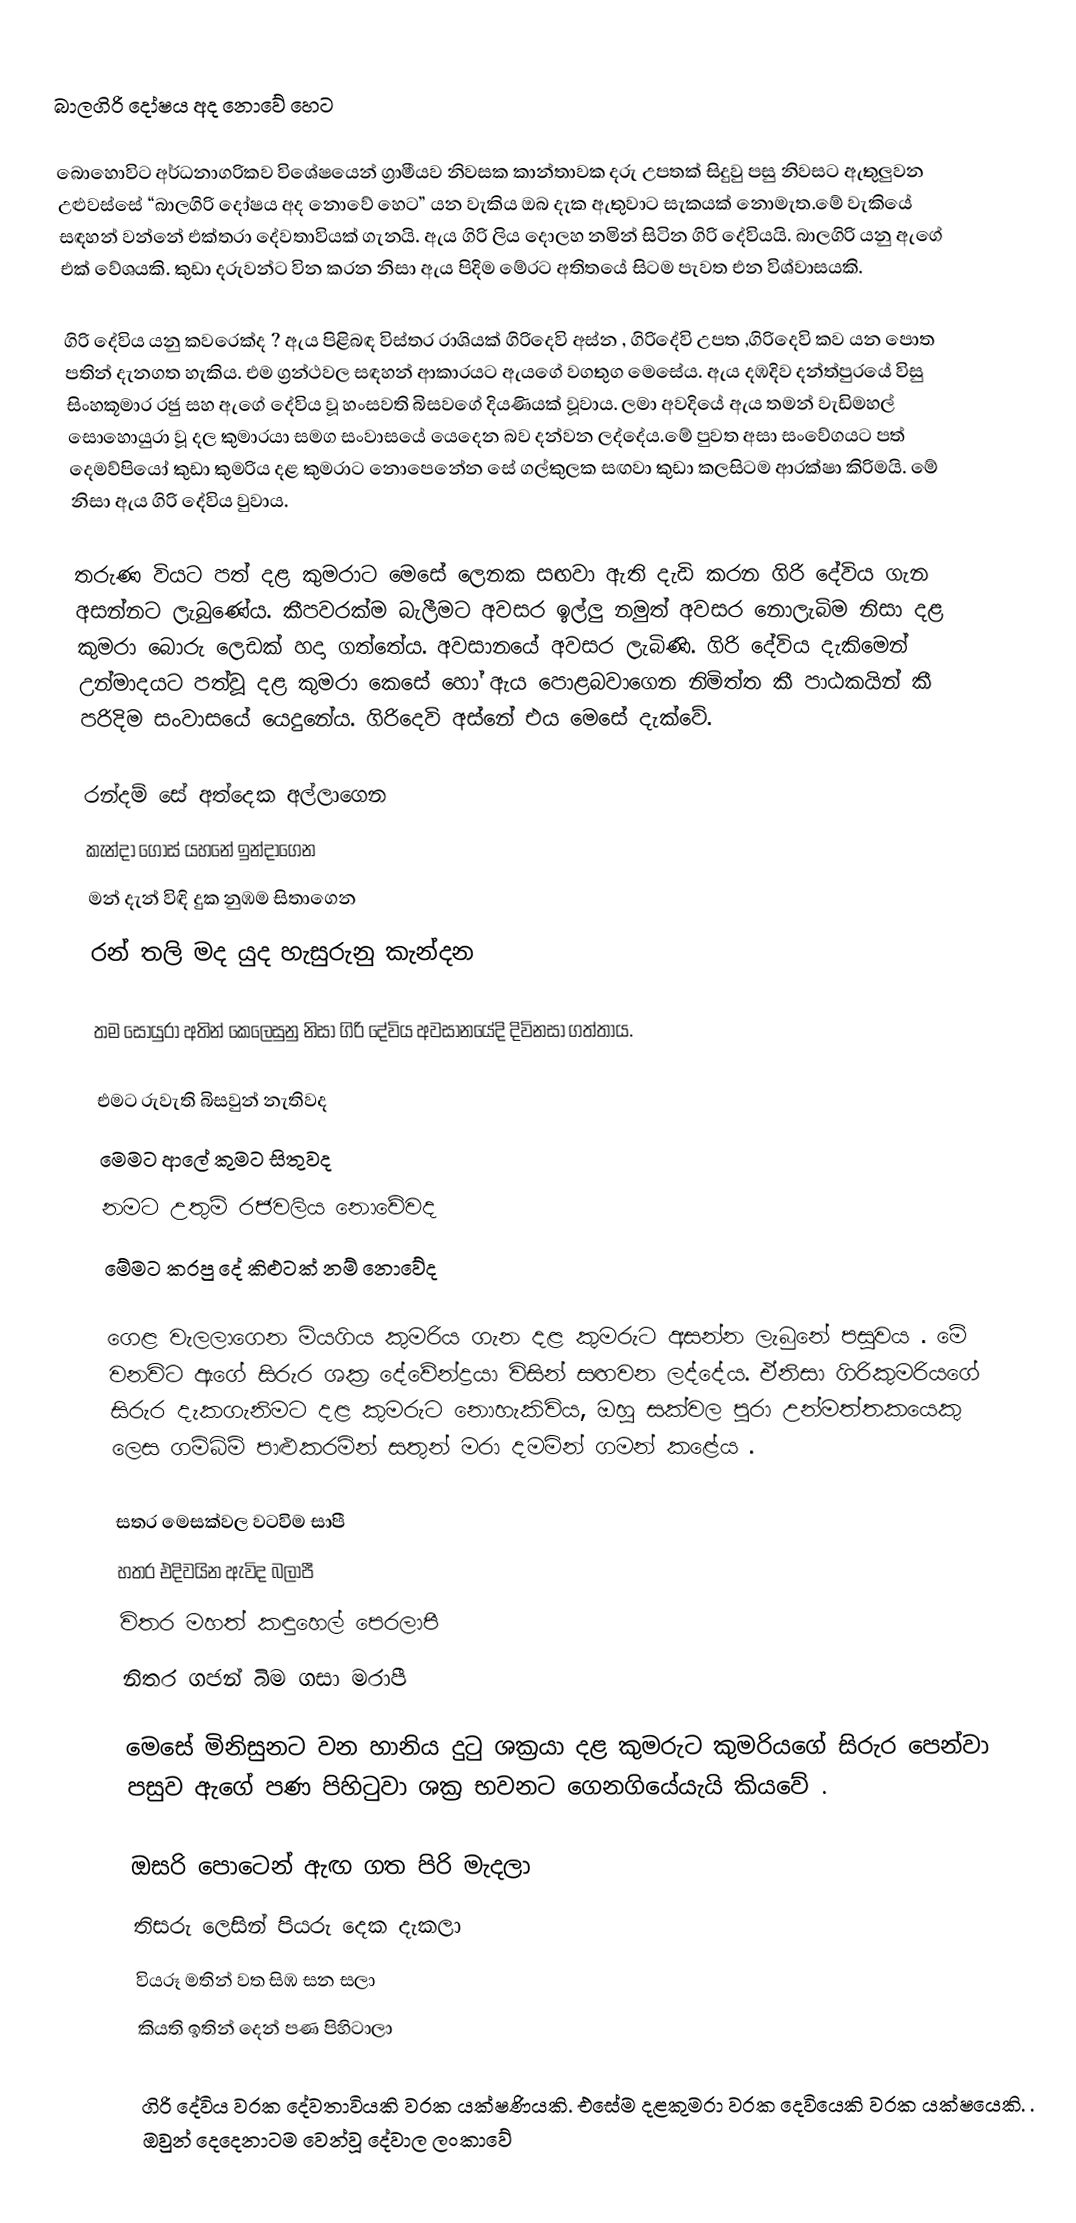
බාලගිරි දෝෂය අද නොවේ හෙට

බොහොවිට  අර්ධනාගරිකව විශේෂයෙන් ග්‍රාමීයව නිවසක කාන්තාවක දරු උපතක් සිදුවු පසු නිවසට ඇතුලුවන උළුවස්සේ “බාලගිරි දෝෂය අද නොවේ හෙට” යන වැකිය ඔබ දැක ඇතුවාට සැකයක් නොමැත.මේ වැකියේ සඳහන් වන්නේ එක්තරා දේවතාවියක් ගැනයි. ඇය ගිරි ලිය දොලහ නමින් සිටින ගිරි දේවියයි. බාලගිරි යනු ඇගේ එක් වේශයකි. කුඩා දරුවන්ට වින කරන නිසා ඇය පිදිම මේරට අතිතයේ සිටම පැවත එන විශ්වාසයකි.

ගිරි දේවිය යනු කවරෙක්ද ? ඇය පිළිබඳ විස්තර රාශියක් ගිරිදෙවි අස්න , ගිරිදේවි උපත ,ගිරිදෙවි කව යන පොත පතින් දැනගත හැකිය. එම ග්‍රන්ථවල සඳහන් ආකාරයට ඇයගේ වගතුග මෙසේය. ඇය දඹදිව දන්ත්පුරයේ විසු සිංහකූමාර  රජු සහ ඇගේ දේවිය වූ හංසවති බිසවගේ දියණියක් වූවාය. ලමා අවදියේ  ඇය තමන් වැඩිමහල් සොහොයුරා වූ දල කුමාරයා සමග සංවාසයේ  යෙදෙන බව  දන්වන ලද්දේය.මේ පුවත අසා  සංවේගයට පත්  දෙමව්පියෝ කුඩා කුමරිය දළ කුමරාට නොපෙනේන සේ ගල්කුලක සඟවා කුඩා කලසිටම ආරක්ෂා කිරිමයි. මේ නිසා ඇය ගිරි දේවිය වුවාය.

තරුණ වියට පත් දළ කුමරාට මෙසේ ලෙනක සඟවා ඇති දැඩි කරන ගිරි දේවිය ගැන අසන්නට ලැබුණේය. කීපවරක්ම බැලීමට අවසර ඉල්ලු නමුත් අවසර නොලැබිම නිසා දළ කුමරා බොරු ලෙඩක් හදා ගත්තේය. අවසානයේ අවසර ලැබිණි. ගිරි දේවිය  දැකිමෙන් උන්මාදයට පත්වූ දළ කුමරා කෙසේ හෝ ඇය පොළබවාගෙන  නිමිත්ත කී පාඨකයින් කී පරිදිම සංවාසයේ යෙදුනේය. ගිරිදෙවි අස්නේ එය මෙසේ දැක්වේ.

    රන්දම් සේ අත්දෙක       අල්ලාගෙන
    කැන්දා ගොස් යහනේ     ඉන්දාගෙන
    මන් දැන් විඳි දුක නුඹම     සිතාගෙන
    රන් තලි මද යුද හැසුරුනු     කැන්දන

තම සොයුරා අතින්  කෙලෙසුනු නිසා ගිරි දේවිය අවසානයේදි දිවිනසා ගත්තාය.

    එමට රුවැති බිසවුන්                    නැතිවද
    මෙමට ආලේ කුමට                      සිතුවද
    නමට උතුම් රජවලිය                 නොවේවද
    මේමට කරපු දේ කිළුටක් නම්         නොවේද

ගෙළ  වැලලාගෙන මියගිය කුමරිය ගැන දළ කුමරුට අසන්න ලැබුනේ පසුවය . මේ වනවිට  ඇගේ සිරුර ශක්‍ර දේවේන්ද්‍රයා විසින් සඟවන ලද්දේය. ඒනිසා ගිරිකුමරියගේ  සිරුර දැකගැනිමට දළ කුමරුට නොහැකිවිය, ඔහු සක්වල පුරා උන්මත්තකයෙකු ලෙස  ගම්බිම් පාළුකරමින්  සතුන් මරා දමමින් ගමන් කළේය .

    සතර මෙසක්වල වටවිම       සාපී
    හතර එදිවයින  ඇවිද          බලාපී
    විතර මහත් කඳුහෙල්          පෙරලාපී
    නිතර ගජන්  බිම ගසා          මරාපී

මෙසේ මිනිසුනට වන හානිය දුටු ශක්‍රයා දළ කුමරුට  කුමරියගේ සිරුර පෙන්වා  පසුව ඇගේ පණ පිහිටුවා ශක්‍ර භවනට ගෙනගියේයැයි කියවේ .

    ඔසරි පොටෙන් ඇඟ ගත පිරි     මැදලා
    තිසරු  ලෙසින් පියරු දෙක      දැකලා
    වියරූ මතින් වත සිඹ  සන         සලා
    කියති  ඉතින් දෙන් පණ       පිහිටාලා

ගිරි දේවිය වරක දේවතාවියකි වරක යක්ෂණියකි. එසේම දළකුමරා  වරක දෙවියෙකි වරක  යක්ෂයෙකි. . ඔවුන් දෙදෙනාටම  වෙන්වූ  දේවාල ලංකාවේ